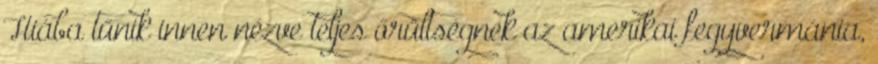
Hiába tűnik innen nézve teljes őrültségnek az amerikai fegyvermánia,